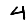
Digit: 4